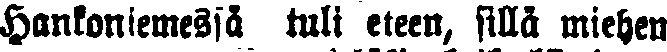
Hankoniemessä tuli eteen, sillä miehen